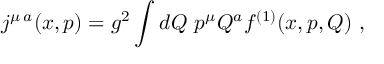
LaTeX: j ^ { \mu \, a } ( x , p ) = g ^ { 2 } \int d Q \ p ^ { \mu } Q ^ { a } f ^ { ( 1 ) } ( x , p , Q ) \ ,